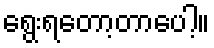
ရွေးရတော့တာပေါ့။